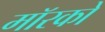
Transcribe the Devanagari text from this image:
मॉरको